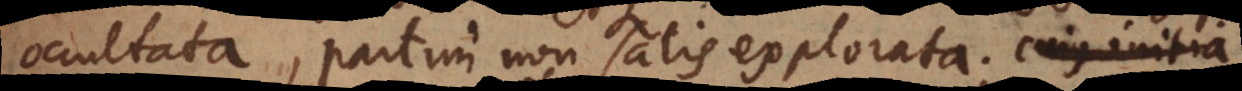
occultata, partim non satis explorata; cujus initia